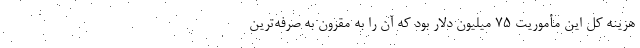
هزینه کل این مأموریت ۷۵ میلیون دلار بود که آن را به مقرون به صرفه‌ترین